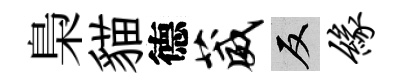
梟貓德葳反缘